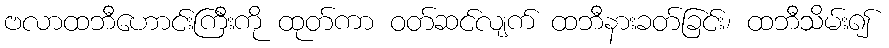
ဗလာထဘီဟောင်းကြီးကို ထုတ်ကာ ဝတ်ဆင်လျက် ထဘီနားခတ်ခြင်း၊ ထဘီသိမ်း၍